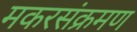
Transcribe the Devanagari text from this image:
मकरसंक्रमण